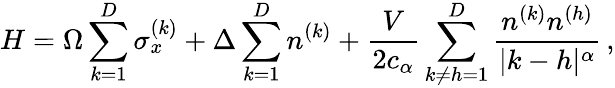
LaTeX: H=\Omega\sum_{k=1}^{D}\sigma_{x}^{(k)}+\Delta\sum_{k=1}^{D}n^{(k)}+\frac{V}{2c_{\alpha}}\sum_{k\neq h=1}^{D}\frac{n^{(k)}n^{(h)}}{|k-h|^{\alpha}}\, ,